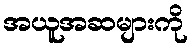
အယူအဆများကို